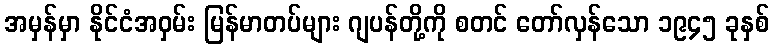
အမှန်မှာ နိုင်ငံအဝှမ်း မြန်မာတပ်များ ဂျပန်တို့ကို စတင် တော်လှန်သော ၁၉၄၅ ခုနှစ်